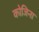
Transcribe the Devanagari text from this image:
कोजिना